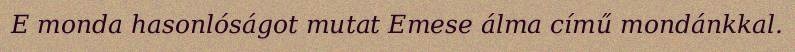
E monda hasonlóságot mutat Emese álma című mondánkkal.